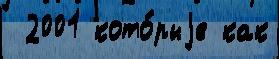
 2001 кото́рыjе как